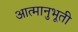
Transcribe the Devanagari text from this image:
आत्मानुभूती